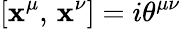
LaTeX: \left[\mathbf{x}^{\mu},\, \mathbf{x}^{\nu}\right]=i\theta^{\mu\nu}